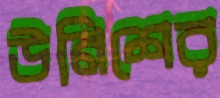
উনিশের